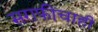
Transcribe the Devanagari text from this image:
सराफीचाही